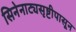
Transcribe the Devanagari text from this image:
सिनेनाट्यसृष्टीपासून